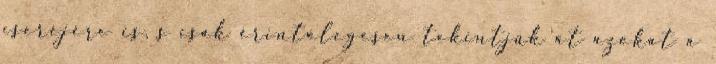
cseréjére is, s csak érintőlegesen tekintjük át azokat a